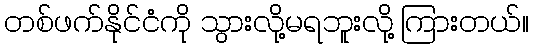
တစ်ဖက်နိုင်ငံကို သွားလို့မရဘူးလို့ ကြားတယ်။